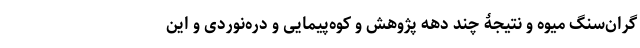
گران‌سنگ میوه و نتیجۀ چند دهه پژوهش و کوه‌پیمایی و دره‌نوردی و این